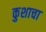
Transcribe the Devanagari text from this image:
कुशाचा